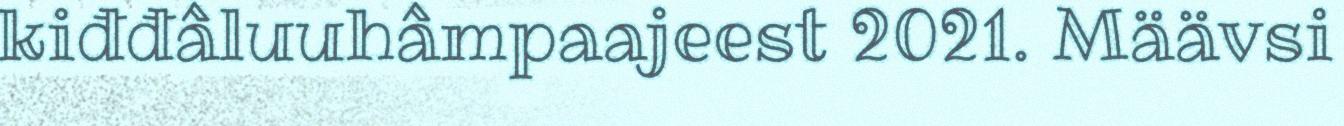
kiđđâluuhâmpaajeest 2021. Määvsi